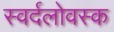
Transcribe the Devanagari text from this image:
स्वर्दलोवस्क